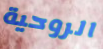
الروحية